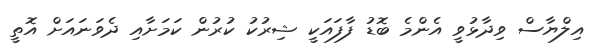
އިލްޔާސް ވިދާޅުވީ އެންމެ ބޮޑު ފާފައަކީ ޝިރުކު ކުރުން ކަމަށާއި ދެވަނައަށް އޮތީ